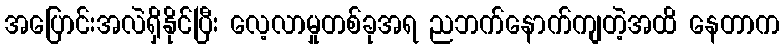
အပြောင်းအလဲရှိနိုင်ပြီး လေ့လာမှုတစ်ခုအရ ညဘက်နောက်ကျတဲ့အထိ နေတာက